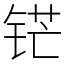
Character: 铓